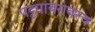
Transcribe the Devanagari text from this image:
पट्ट्यांबरोबरच